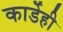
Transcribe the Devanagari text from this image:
कार्डेही